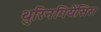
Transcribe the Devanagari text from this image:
थुरिनगियेंसिस